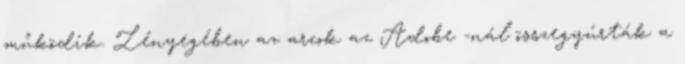
működik. Lényegében az arcok az Adobe -nál összegyúrták a